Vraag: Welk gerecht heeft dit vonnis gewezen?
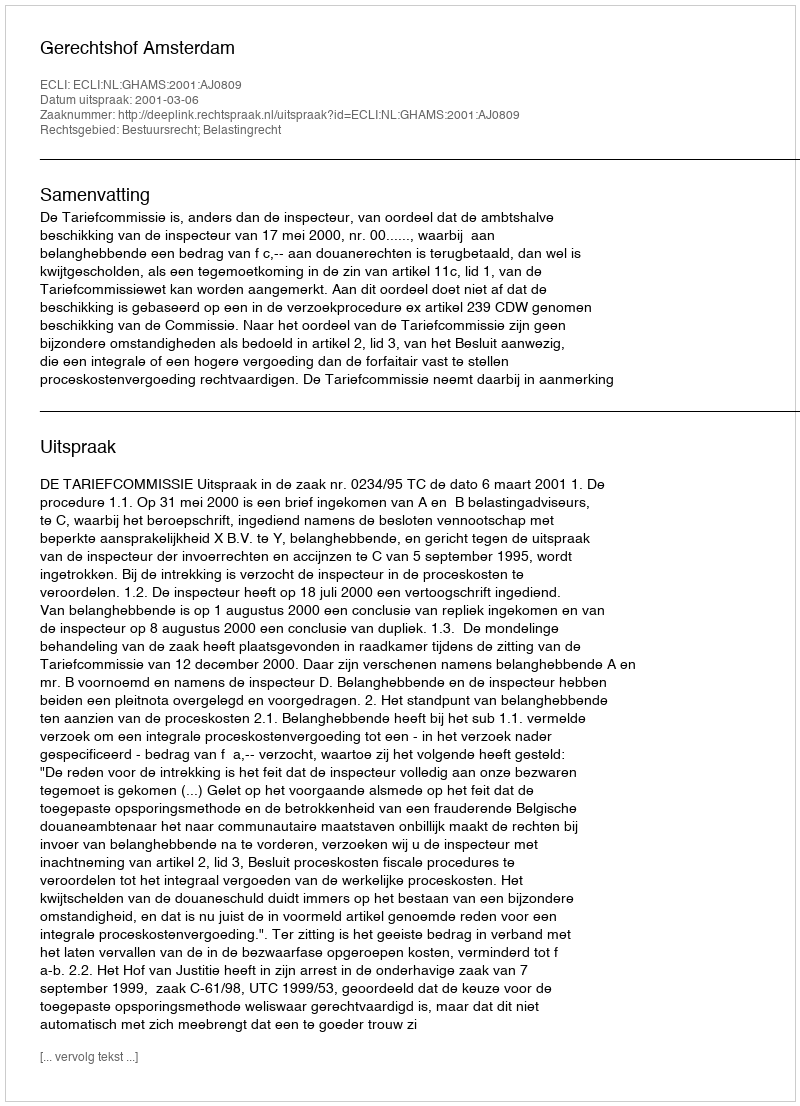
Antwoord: Gerechtshof Amsterdam